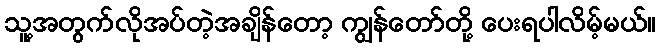
သူ့အတွက်လိုအပ်တဲ့အချိန်တော့ ကျွန်တော်တို့ ပေးရပါလိမ့်မယ်။